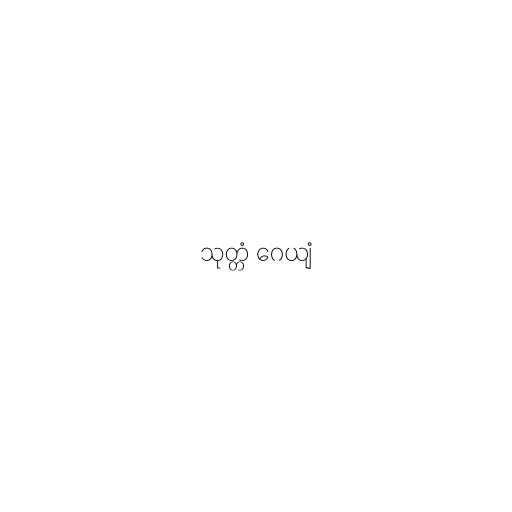
သုတ္တံ ဂေယျံ